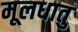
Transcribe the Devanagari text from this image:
मूलधातु